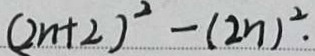
( 2 n + 2 ) ^ { 2 } - ( 2 n ) ^ { 2 } .